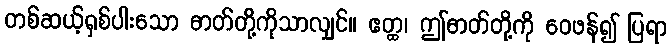
တစ်ဆယ့်ရှစ်ပါးသော ဓာတ်တို့ကိုသာလျှင်။ ဧတ္ထ၊ ဤဓာတ်တို့ကို ဝေဖန်၍ ပြရာ